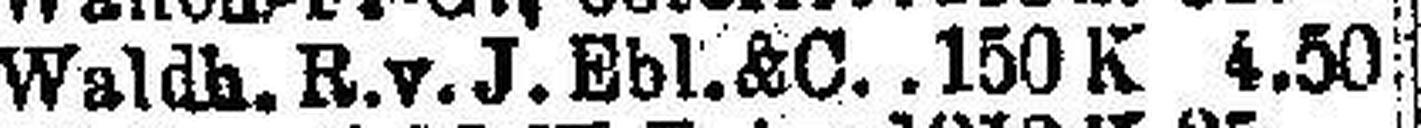
Waldh. R. v. J. Ebl. & C. 150 K 4.50